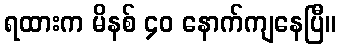
ရထားက မိနစ် ၄၀ နောက်ကျနေပြီ။